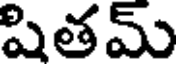
షితమ్